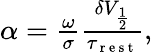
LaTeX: \begin{array}{r}{\alpha=\frac{\omega}{\sigma}\frac{\delta V_{\frac{1}{2}}}{\tau_{\mathrm{~r~e~s~t~}}},}\end{array}